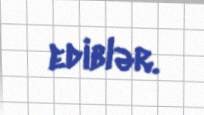
ediblər.